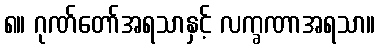
၈။ ဂုဏ်တော်အရသာနှင့် လက္ခဏာအရသာ။